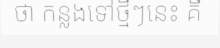
ថា កន្លងទៅថ្មីៗនេះ គឺ